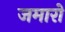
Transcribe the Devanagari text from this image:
जमारो